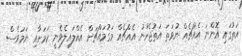
އަތުގައި އޮންނަ އެއްޗެއް ނުވަތަ އަތުޖެހުނު އެއްޗެއް މަގުމައްޗަށް އެއްލައިލެވެނީ ކަމަށާއި ނަމަވެސް